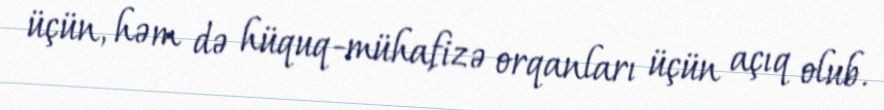
üçün, həm də hüquq-mühafizə orqanları üçün açıq olub.